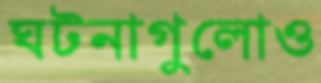
ঘটনাগুলোও